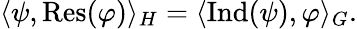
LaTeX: \langle\psi,{\mathrm{Res}}(\varphi)\rangle_{H}=\langle{\mathrm{Ind}}(\psi),\varphi\rangle_{G}.